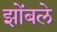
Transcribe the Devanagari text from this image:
झोंबले